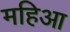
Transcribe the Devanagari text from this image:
महिआ